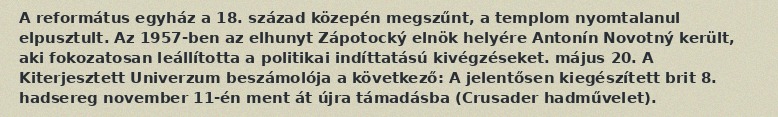
A református egyház a 18. század közepén megszűnt, a templom nyomtalanul elpusztult. Az 1957-ben az elhunyt Zápotocký elnök helyére Antonín Novotný került, aki fokozatosan leállította a politikai indíttatású kivégzéseket. május 20. A Kiterjesztett Univerzum beszámolója a következő: A jelentősen kiegészített brit 8. hadsereg november 11-én ment át újra támadásba (Crusader hadművelet).